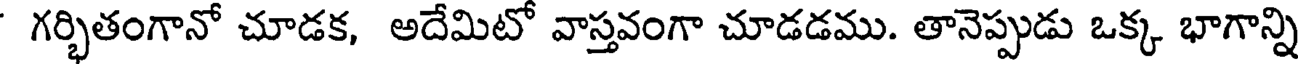
గర్భితంగానో చూడక, అదేమిటో వాస్తవంగా చూడడము. తానెప్పుడు ఒక్క భాగాన్ని